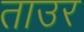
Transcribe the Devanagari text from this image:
ताउर